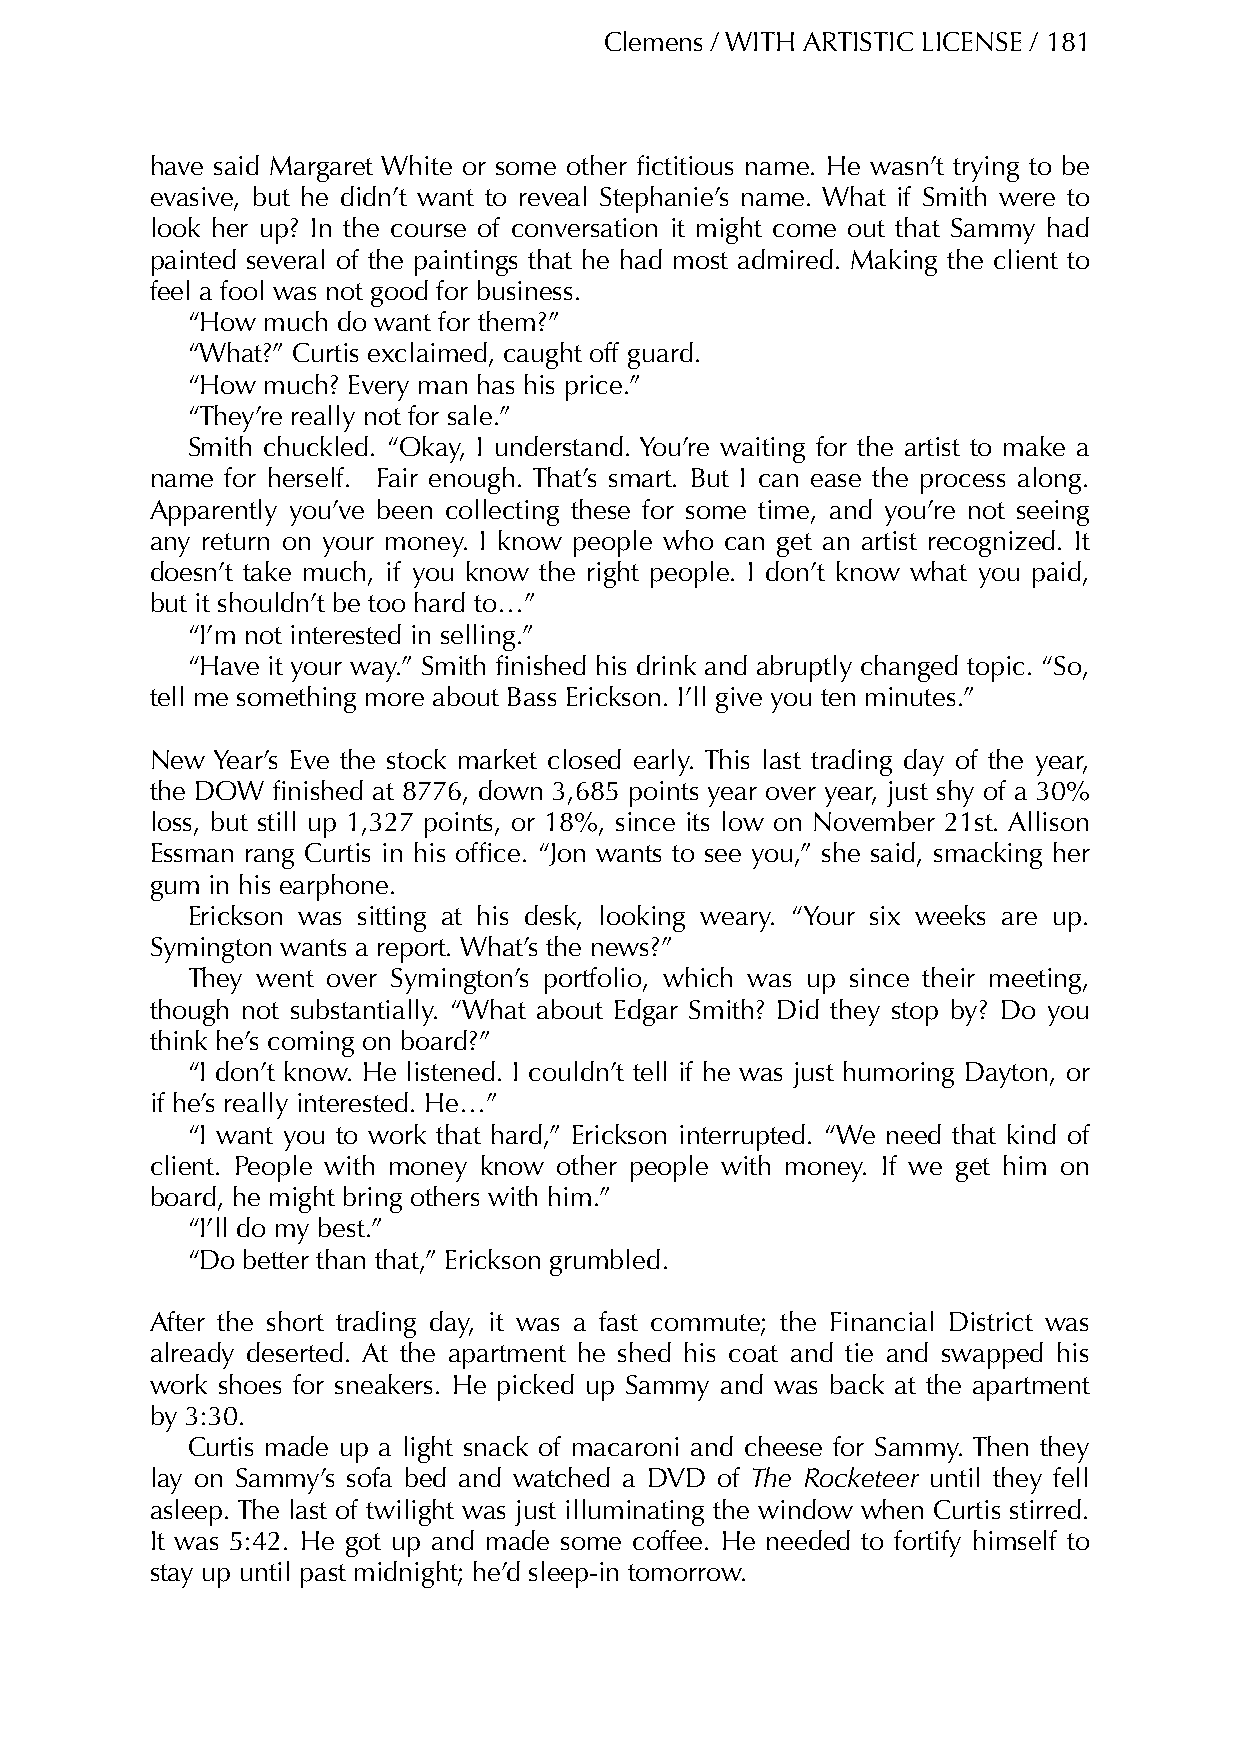
Clemens / WITH ARTISTIC LICENSE / 181
 have said Margaret White or some other fictitious name. He wasn’t trying to be
 evasive, but he didn’t want to reveal Stephanie’s name. What if Smith were to
 look her up? In the course of conversation it might come out that Sammy had
 painted several of the paintings that he had most admired. Making the client to
 feel a fool was not good for business.
 “How much do want for them?”
 “What?” Curtis exclaimed, caught off guard.
 “How much? Every man has his price.”
 “They’re really not for sale.”
 Smith chuckled. “Okay, I understand. You’re waiting for the artist to make a
 name for herself. Fair enough. That’s smart. But I can ease the process along.
 Apparently you’ve been collecting these for some time, and you’re not seeing
 any return on your money. I know people who can get an artist recognized. It
 doesn’t take much, if you know the right people. I don’t know what you paid,
 but it shouldn’t be too hard to…”
 “I’m not interested in selling.”
 “Have it your way.” Smith finished his drink and abruptly changed topic. “So,
 tell me something more about Bass Erickson. I’ll give you ten minutes.”
 New Year’s Eve the stock market closed early. This last trading day of the year,
 the DOW finished at 8776, down 3,685 points year over year, just shy of a 30%
 loss, but still up 1,327 points, or 18%, since its low on November 21st. Allison
 Essman rang Curtis in his office. “Jon wants to see you,” she said, smacking her
 gum in his earphone.
 Erickson was sitting at his desk, looking weary. “Your six weeks are up.
 Symington wants a report. What’s the news?”
 They went over Symington’s portfolio, which was up since their meeting,
 though not substantially. “What about Edgar Smith? Did they stop by? Do you
 think he’s coming on board?”
 “I don’t know. He listened. I couldn’t tell if he was just humoring Dayton, or
 if he’s really interested. He…”
 “I want you to work that hard,” Erickson interrupted. “We need that kind of
 client. People with money know other people with money. If we get him on
 board, he might bring others with him.”
 “I’ll do my best.”
 “Do better than that,” Erickson grumbled.
 After the short trading day, it was a fast commute; the Financial District was
 already deserted. At the apartment he shed his coat and tie and swapped his
 work shoes for sneakers. He picked up Sammy and was back at the apartment
 by 3:30.
 Curtis made up a light snack of macaroni and cheese for Sammy. Then they
 lay on Sammy’s sofa bed and watched a DVD of The Rocketeer until they fell
 asleep. The last of twilight was just illuminating the window when Curtis stirred.
 It was 5:42. He got up and made some coffee. He needed to fortify himself to
 stay up until past midnight; he’d sleep-in tomorrow.